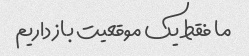
ما فقط یک موقعیت باز داریم